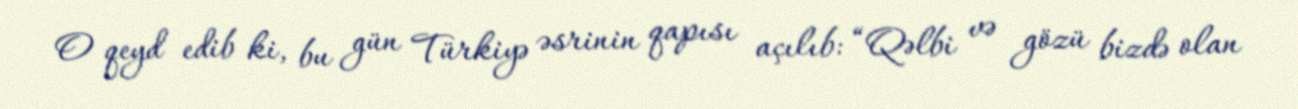
O qeyd edib ki, bu gün Türkiyə əsrinin qapısı açılıb: “Qəlbi və gözü bizdə olan